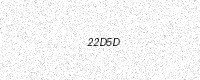
Text: 22D5D